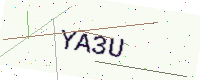
Text: YA3U